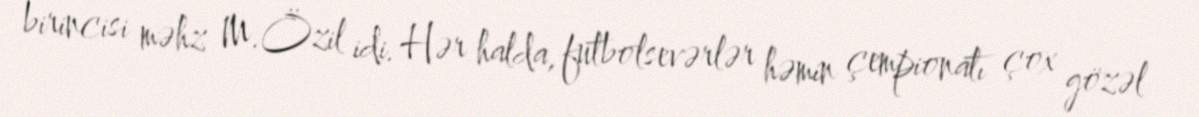
birincisi məhz M.Özil idi. Hər halda, futbolsevərlər həmin çempionatı çox gözəl